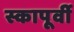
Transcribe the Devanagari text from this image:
स्कापूर्वी